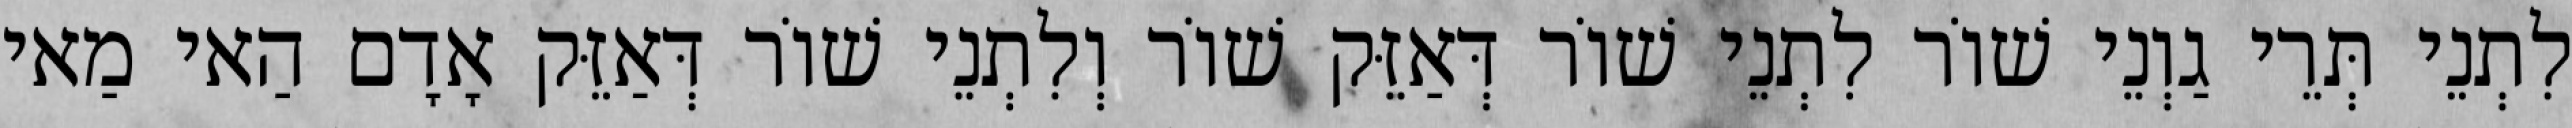
לִתְנֵי תְּרֵי גַוְנֵי שׁוֹר לִתְנֵי שׁוֹר דְּאַזֵּק שׁוֹר וְלִתְנֵי שׁוֹר דְּאַזֵּק אָדָם הַאי מַאי